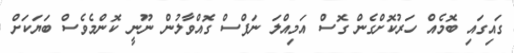
ގައިގައި ބޮމެއް ހަރުކޮށްގެން ގޮސް އަމިއްލަ ނަފްސް ގޮއްވާލުން ނޫނީ ކޮންމެވެސް ބަޔަކަށް